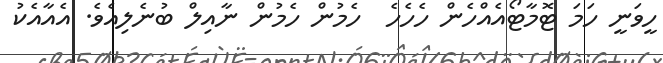
ހީވަނީ ހަމަ ޓޮމާޓޯއެއްހެން ހެހެހެ  ހެމުން ހެމުން ނާއިލް ބުނެލިއެވެ. އެއާއެކު